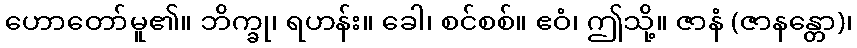
ဟောတော်မူ၏။ ဘိက္ခု၊ ရဟန်း။ ခေါ၊ စင်စစ်။ ဧဝံ၊ ဤသို့။ ဇာနံ (ဇာနန္တော)၊